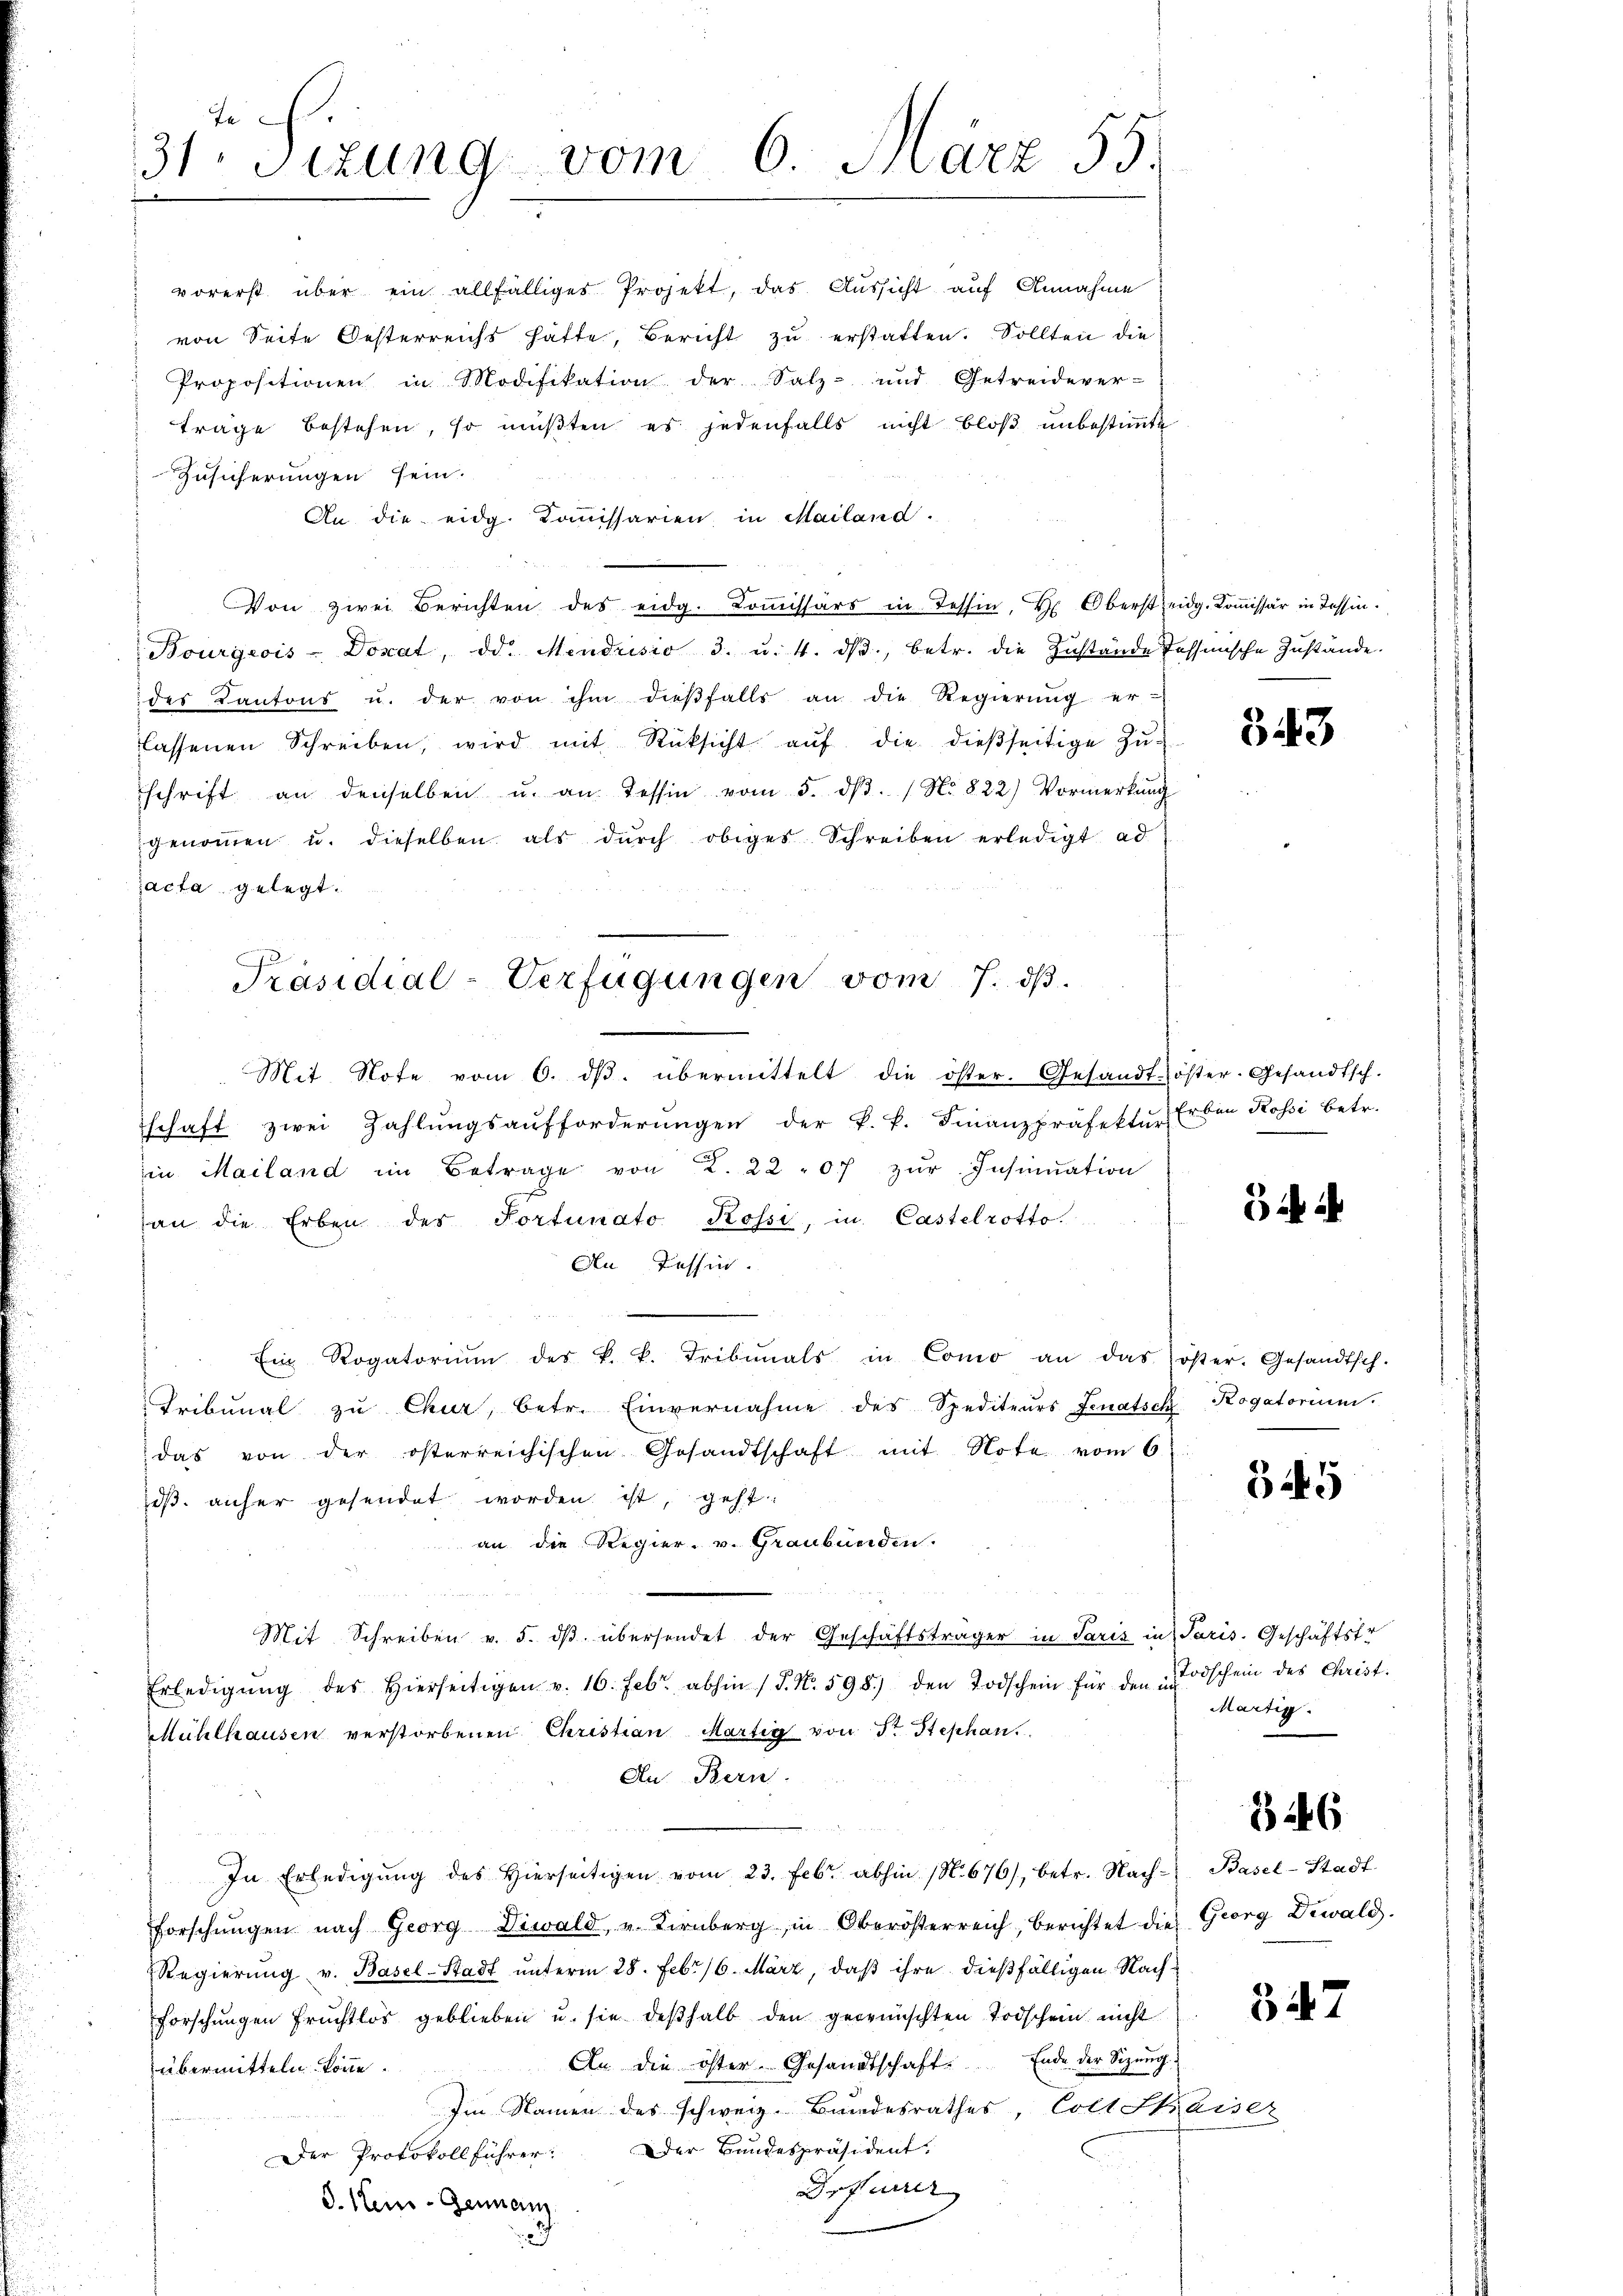
ti c
31: Sizung vom 6. Juärz 35.
u

vorerst über ein allfälliges Projekt, das Aussicht auf Annahme
von Seite Oesterreichs hatte, Bericht zu erstatten. Sollten die
Propositionen in Modifikation der Satz- und Getreidever-
Fräge bestehen, so müßten es jedenfalls nicht bloß unbestimmte
Zusicherungen sein.
An die eidg. Komissarien in Mailand.
Von zwei Berichten des eidg. Koṁissärs in Tessin, Hr. Oberst eidg. Koṁissär in Tessin¬
Bourgeois-Donat, od. Mendusio 3. u. 4. dβ, betr. die Zustände Tessinische Zustände.
des Kantons u. der von ihm dieβfalls an die Regierŭng er-
lassenen Schreiben, wird mit Rücksicht aŭf die dießseitige Zŭ
schrift an denselben u. an Tessin vom 5. dβ. / No 822) Vormerkŭng
genoṁen u. dieselben als dŭrch obiges Schreiben erledigt ad
acta gelegt.
Mit Note vom 6. dβ. übermittelt die öster. Gesandtöster-Gesandtsch.
schaft zwei Zahlŭngsaufforderŭngen der k. k. Finanzpräfekter Erben Kossi betr.
in Mailand im Betrage von 2. 2207 zŭr Insinuation
an die Erben des Portunato Rossi, in Castelrotto.
An Tessin.
Ein Rogatoriŭm des k. k. Tribunals in Como an das öster. Gesandtsch.
Tribunal zu Chur, betr. Einvernahme des Spediteurs Senatsch Rogatorium.
das von der österreichischen Gesandtschaft mit Note vom 6
ds. anher gesendet worden ist, geht:
an die Regier. v. Graubünden.
Mit Schreiben v. 5. dβ übersendet der Geschäftsträger in Paris in Paris. Geschäftsfr
Erledigŭng des hierseitigen v. 16. Febr. abhin (S. N. 598) den Todschein für den Todschein des Christ.
Mühlhausen verstorbenen Christian Martig von Str. Stephan
Au Bern.
In Erledigŭng des hierseitigen vom 23. Febr. abhin (N. 676), betr. Nach Basel-Stadt
forschŭngen nach Georg Diwald, u. Kirnberg, in Oberösterreich, berichtet die Georg Diwald.
Regierŭng v. Basel-Stadt unterm 28. Febr. 16. März, daß ihre dießfälligen Nachforschŭngen Früchtlos geblieben u. sie deβhalb den gewünschten Todschein nicht
An die öster. Gesandtschaft. Ende der Sizŭng
übermitteln könne.
Im Namen des schweiz. Bundesrathes, Cott Skaiser
Der Protokollführer: Der Bandespräsident.
rfner
S. Heur-Gemein
2

Präsidial-Verfügungen vom 7. dß.

S 49

Martig.

346